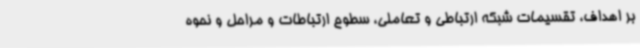
بر اهداف، تقسیمات شبکه ارتباطی و تعاملی، سطوح ارتباطات و مراحل و نحوه